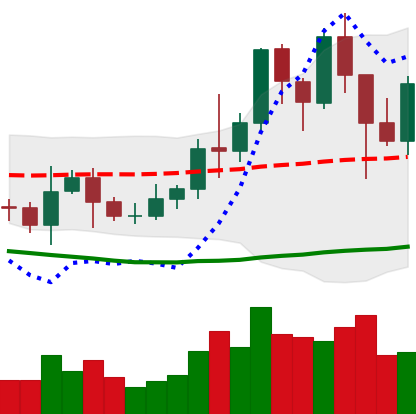
Ticker: LINK-USD
Chart end date: 2021-01-13
Forward return: 38.331%
Label: up_7plus